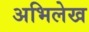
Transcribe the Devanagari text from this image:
अभिलेख